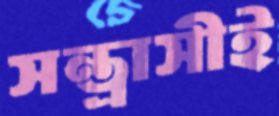
সন্ত্রাসীই